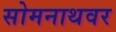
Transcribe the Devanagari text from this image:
सोमनाथवर